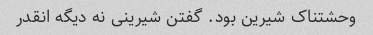
وحشتناک شیرین بود. گفتن شیرینی نه دیگه انقدر